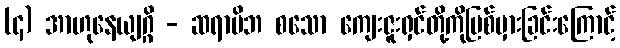
(၄) အာဟုနေယျဂ္ဂိ - ဆရာမိဘ စသော ကျေးဇူးရှင်တို့ကိုပြစ်မှားခြင်းကြောင့်